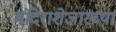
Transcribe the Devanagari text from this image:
मंदिराशेजारच्या